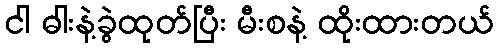
ငါ ဓါးနဲ့ခွဲထုတ်ပြီး မီးစနဲ့ ထိုးထားတယ်